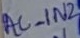
Text: AC_IN2